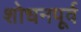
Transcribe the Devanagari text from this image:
शोधनपूर्व